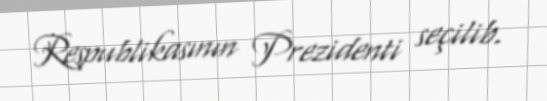
Respublikasının Prezidenti seçilib.